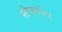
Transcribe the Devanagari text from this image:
सीसाभैरव